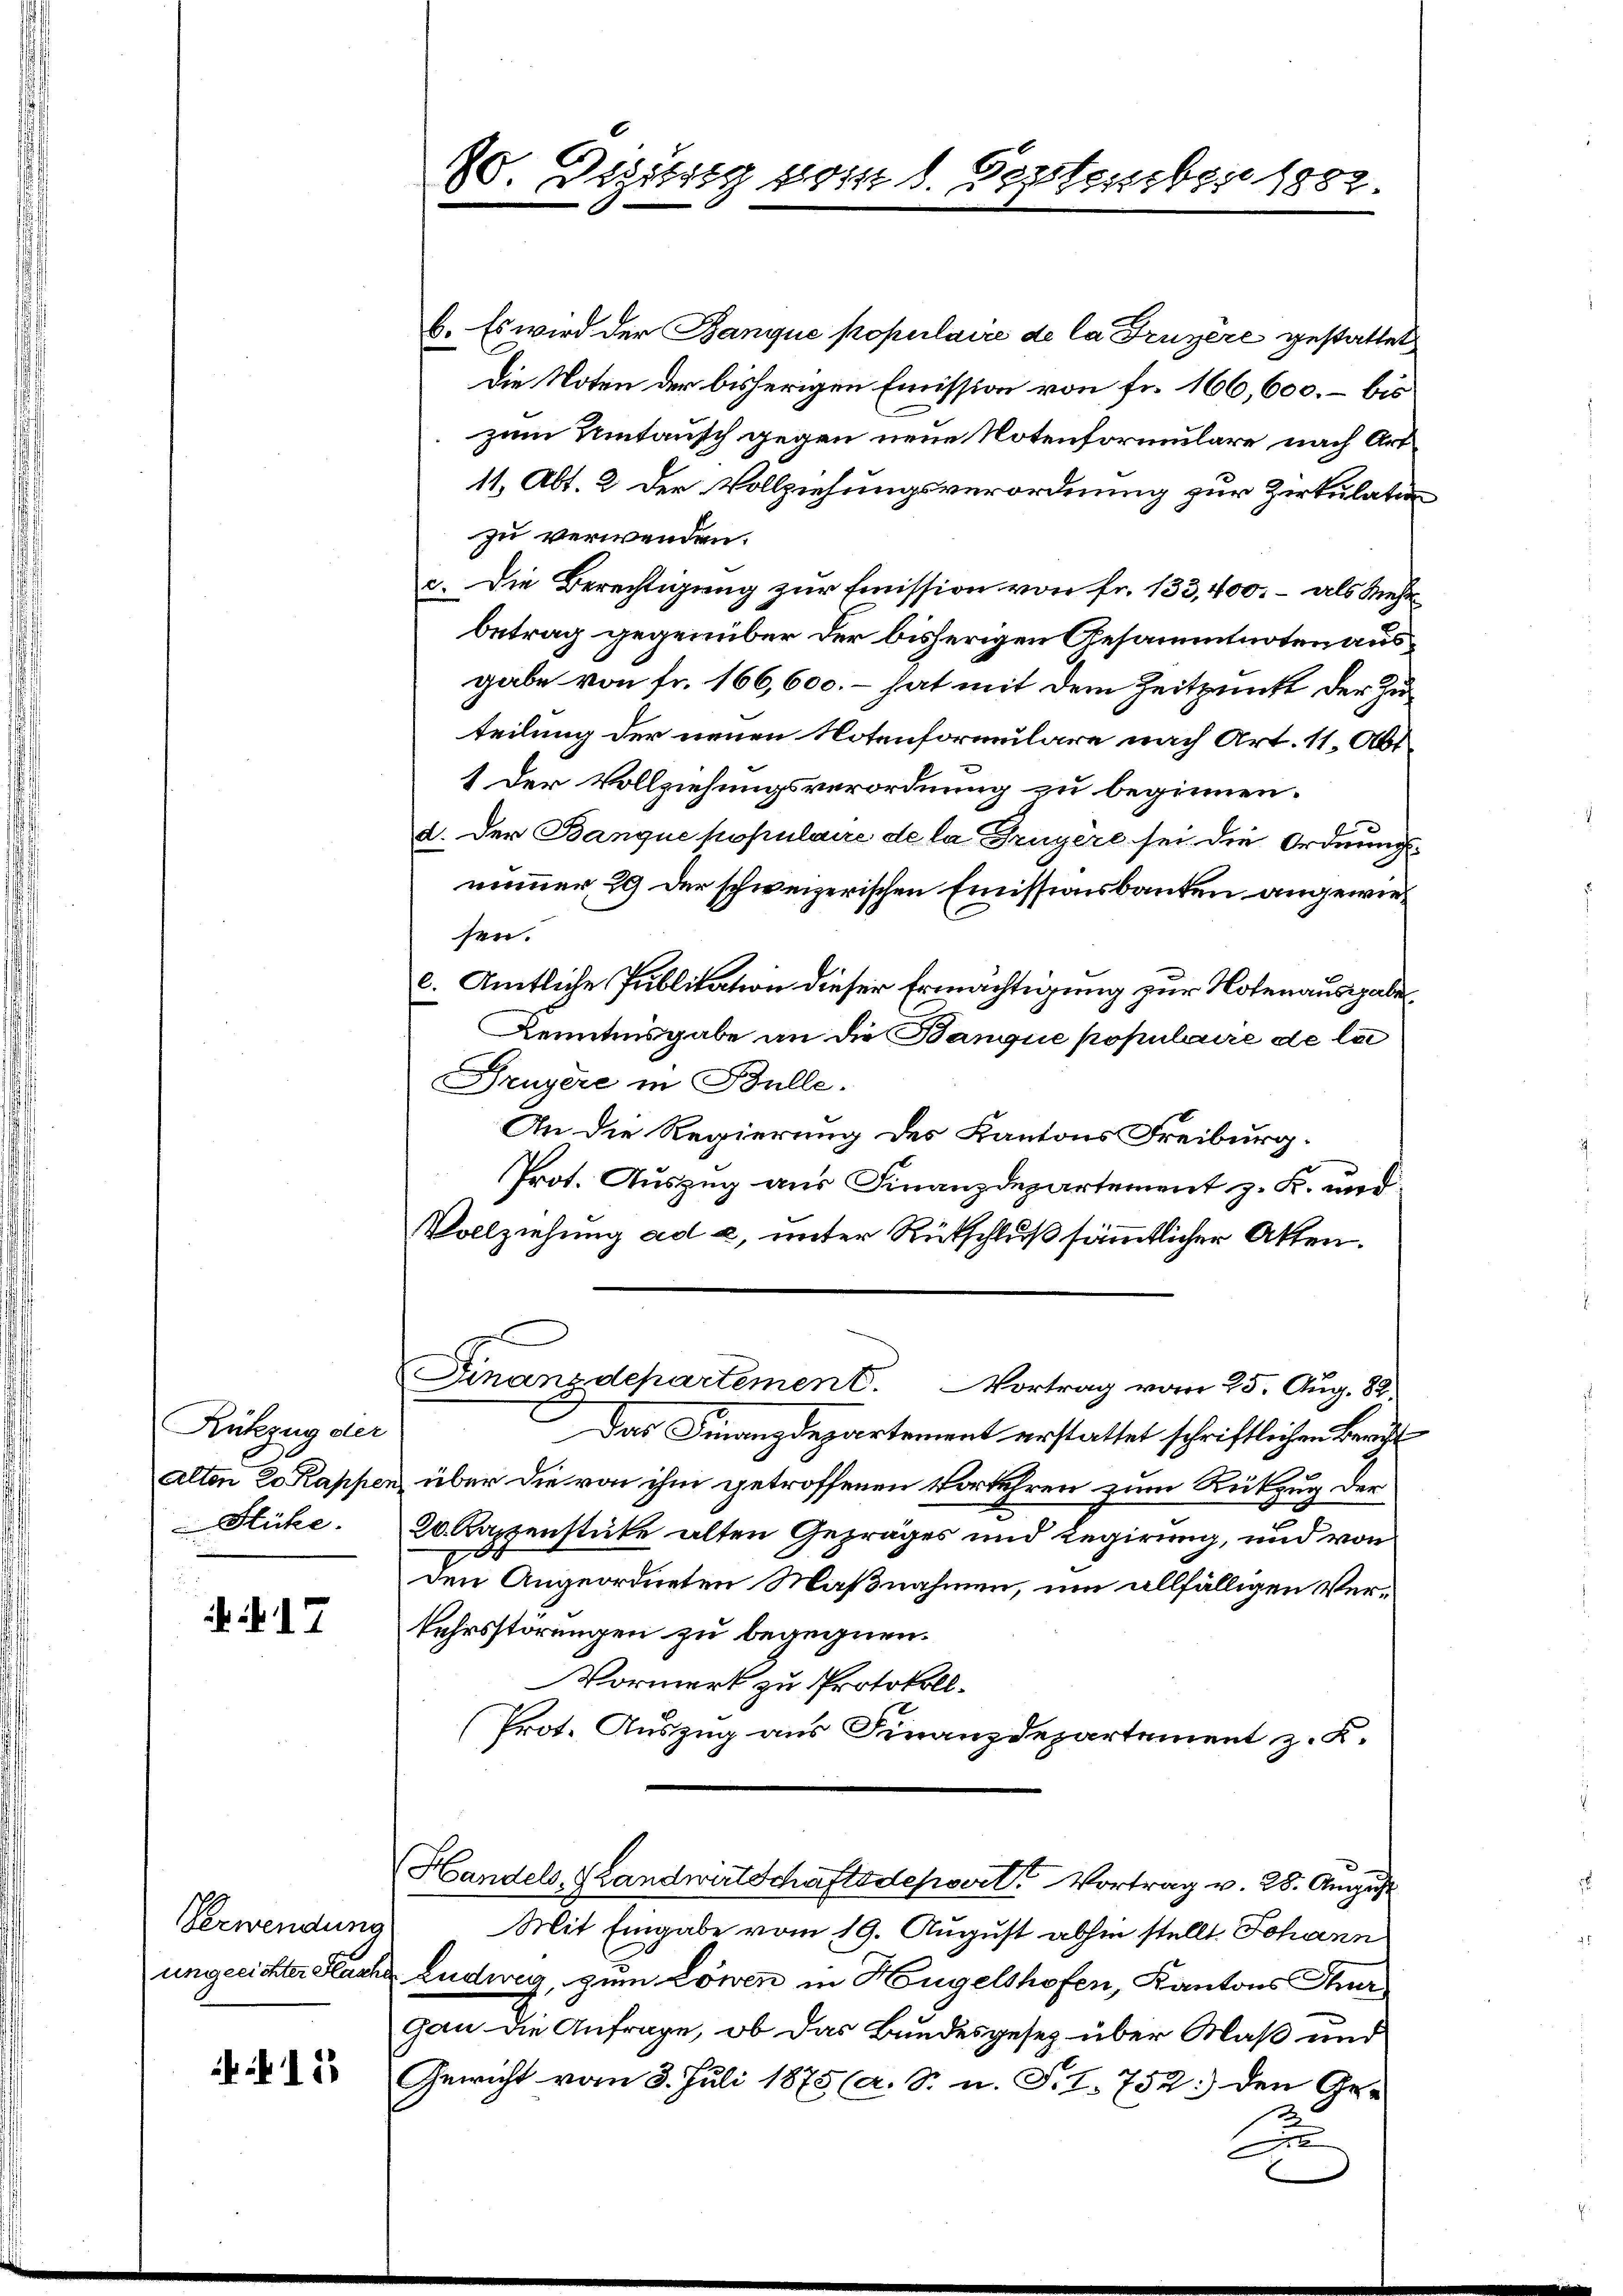
Rükzug der
Stücke.

17

Verwendung

415

80. Dezitzig vom 1. September 1882.

b. Es wird der Banque populaire de la Truyère gestattet
Die Noten der bisherigen Emission von fr. 166,600. – bis
zum Mitausch gegen neue Notenformulare nach Art
11, Abt. 2 der Vollziehungsverordnung zur Zirkulation
zu verwenden.
c. Die Berechtigung zur Emission von fr. 133, 400.- als Mehrbetrag gegenüber der bisherigen Gesammtnoten ausgabe von fr. 166,600. – hat mit dem Zeitpunkt der Zuteilung der neuen Notenformulare nach Art. 11, Abt
1 der Vollziehungsverordnung zu beginnen.
d. Der Banque populaire de la Bruyère sei die Ordnungsnimmer 29 der schweizerischen Emissionsbauten angewiesen.
l. Amtliche Publikation dieser Ermächtigung zur Notenausgabe,
Kenntnisgabe an die Banque populaire de lai
Gruyère in Bulle.
An die Regierung des Kantons Freiburg.
Prot. Auszug aus Finanzdepartement z. K. und
Vollziehung ad 2, unter Rückschluß sämmtlicher Akten.
Finanzdepartement. Vortrag vom 25. Aug. 82.
Das Finanzdepartement erstattet schriftlichen Bericht
Alten 20 Rappen, über die von ihm getroffenen Vorkehren zum Rückzug der
20 Kappenstücke alten Gepräges und Regierung, und von
1
den Angeordneten Maßnahmen, um allfälligen Verkehrsstörungen zu begegnen.
Vormerk zu Protokoll.
Prot. Auszug aus Finanzdepartement z. K.
Handels, Landwirtschaftsdepert Vortrag v. 28. August
Mit Eingabe vom 19. August abhin stellt Johann
ungerichter Sacher Ludwig, zum Löwen in Hügelshofen, Kantons Aner
gan die Anfrage, ob das Bundesgesetz über Maß und
Gewicht vom 3. Juli 1875 (a. S. n. F. I. 752.) den Ge-
Die